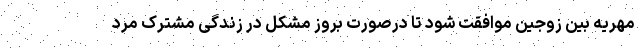
مهریه بین زوجین موافقت شود تا درصورت بروز مشکل در زندگی مشترک مرد